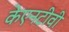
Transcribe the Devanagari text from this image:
केएनटीवी